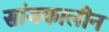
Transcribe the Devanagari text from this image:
सांयकालीन